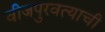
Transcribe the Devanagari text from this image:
वीजपुरवत्याची